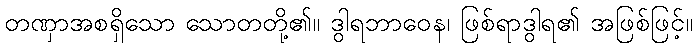
တဏှာအစရှိသော သောတတို့၏။ ဒွါရဘာဝေန၊ ဖြစ်ရာဒွါရ၏ အဖြစ်ဖြင့်။